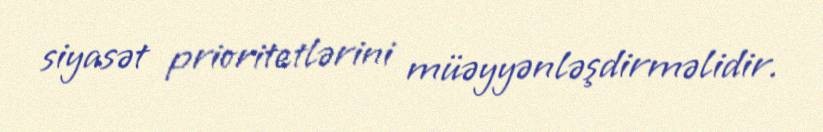
siyasət prioritetlərini müəyyənləşdirməlidir.